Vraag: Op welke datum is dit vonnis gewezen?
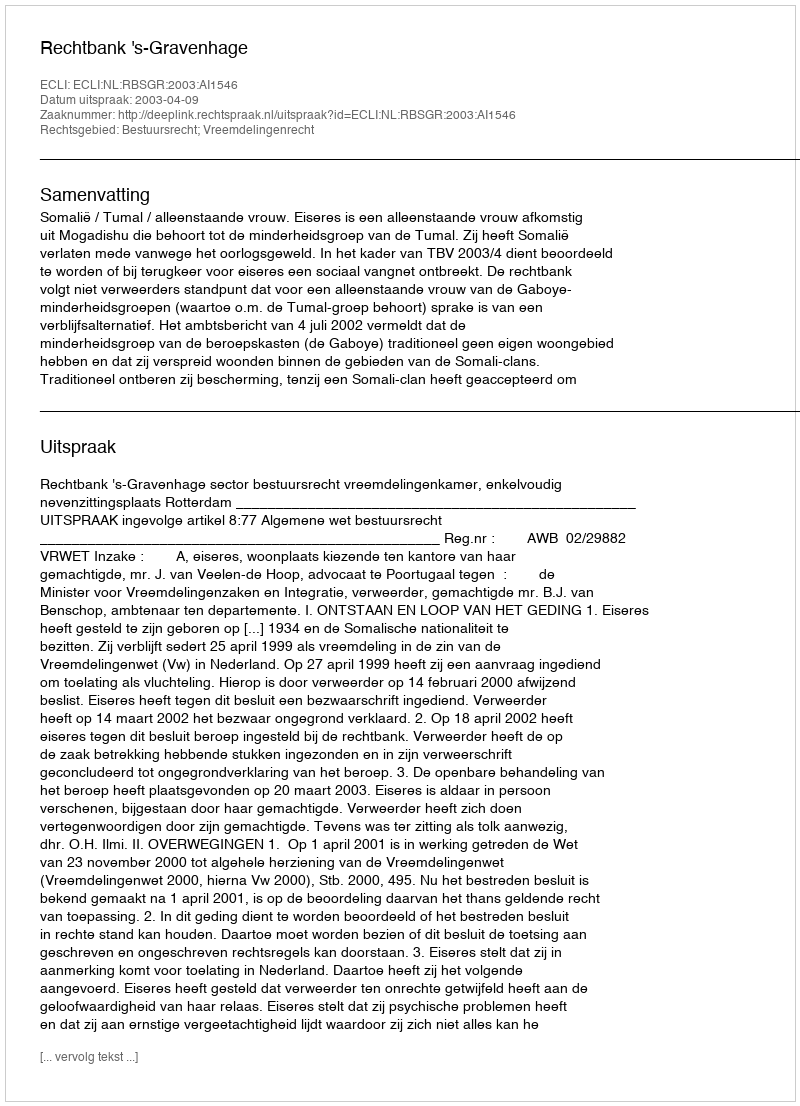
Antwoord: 2003-04-09